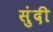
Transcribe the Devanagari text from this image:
सुंदी